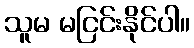
သူမ မငြင်းနိုင်ပါ။